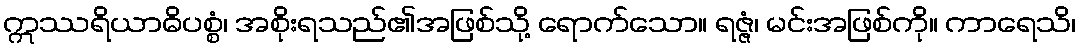
ဣဿရိယာဓိပစ္စံ၊ အစိုးရသည်၏အဖြစ်သို့ ရောက်သော။ ရဇ္ဇံ၊ မင်းအဖြစ်ကို။ ကာရေသိ၊